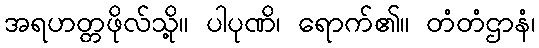
အရဟတ္တဖိုလ်သို့။ ပါပုဏိ၊ ရောက်၏။ တံတံဌာနံ၊